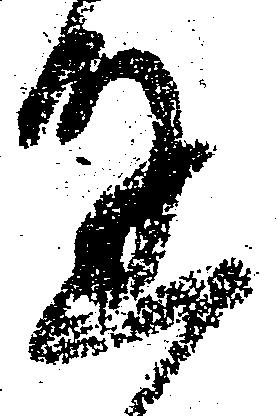
達